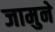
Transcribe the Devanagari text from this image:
जामुने